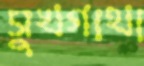
সুখগাথা